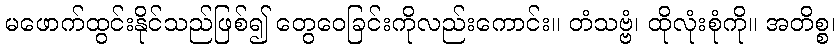
မဖောက်ထွင်းနိုင်သည်ဖြစ်၍ တွေဝေခြင်းကိုလည်းကောင်း။ တံသဗ္ဗံ၊ ထိုလုံးစုံကို။ အတိစ္စ၊